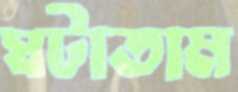
ঘটাতাম